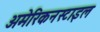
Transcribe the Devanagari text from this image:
अमेरिकनस्टाइल